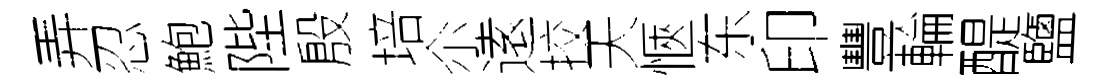
弄忍鮑陛殷培尒逺挍天愜东印豐輪醍鹽